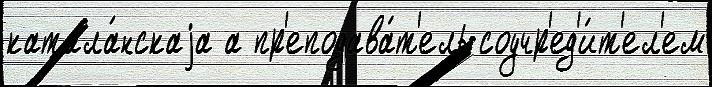
катала́нскаjа а пр'еподава́т'ель соучр'ед'и́т'ел'ем